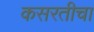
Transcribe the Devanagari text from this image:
कसरतीचा